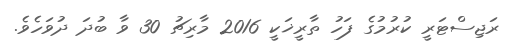
ރަޖިސްޓަރީ ކުރުމުގެ ފަހު ތާރީޚަކީ 2016 މާރިޗު 30 ވާ ބުދަ ދުވަހެވެ.